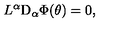
L ^ { \alpha } \mathrm { D } _ { \alpha } \Phi ( \theta ) = 0 ,